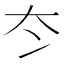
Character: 冭